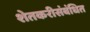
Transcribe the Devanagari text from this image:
शेतकरीसंबंधित